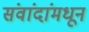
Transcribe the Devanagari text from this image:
संवांदांमधून